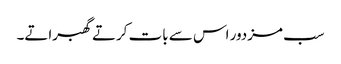
سب مزدور اس سے بات کرتے گھبراتے۔